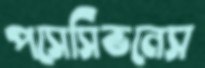
পসেসিভনেস